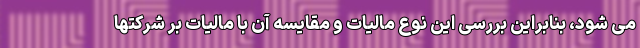
می شود، بنابراین بررسی این نوع مالیات و مقایسه آن با مالیات بر شرکتها